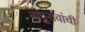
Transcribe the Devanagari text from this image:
बापुरावांची